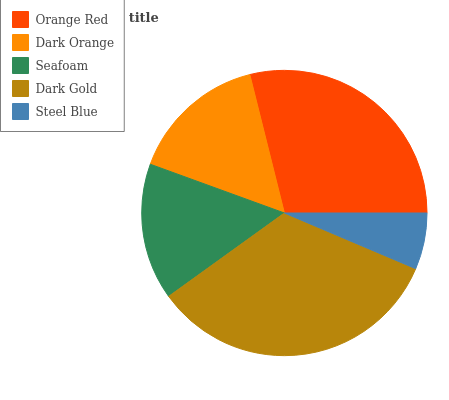
| Orange Red | Dark Orange | Seafoam | Dark Gold | Steel Blue |
 | --- | --- | --- | --- | --- |
 | 28.9% | 15.5% | 15.5% | 33.7% | 6.37% |